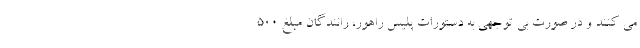
می کنند و در صورت بی توجهی به دستورات پلیس راهور، رانندگان مبلغ ۵۰۰